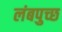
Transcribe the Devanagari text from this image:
लंबपुच्छ